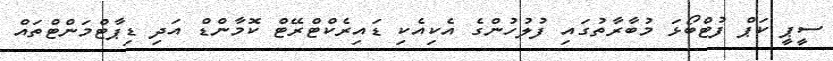
ސީޕީ ކަޕް ފުޓްބޯޅަ މުބާރާތުގައި ފުލުހުންގެ އެކިއެކި ޑައިރެކްޓްރޭޓް ކޮމާންޑް އަދި ޑިޕާޓްމަންޓްތައް